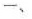
一、